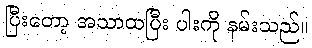
ပြီးတော့ အသာထပြီး ပါးကို နမ်းသည်။